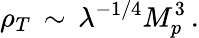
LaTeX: \rho_{T}\, \sim\, \lambda^{-1/4}M_{p}^{3}\, .